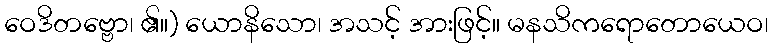
ဝေဒိတဗ္ဗော၊ ၏။) ယောနိသော၊ အသင့် အားဖြင့်။ မနသိကရောတောယေဝ၊